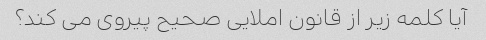
آیا کلمه زیر از قانون املایی صحیح پیروی می کند؟